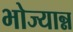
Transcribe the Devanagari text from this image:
भोज्यान्न